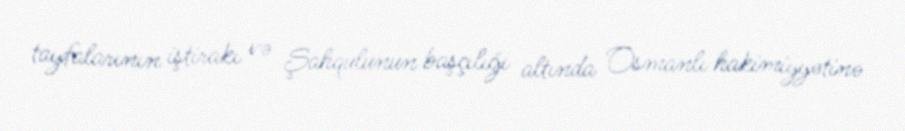
tayfalarının iştirakı və Şahqulunun başçılığı altında Osmanlı hakimiyyətinə